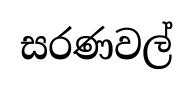
සරණවල්